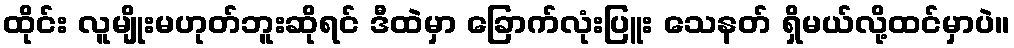
ထိုင်း လူမျိုးမဟုတ်ဘူးဆိုရင် ဒီထဲမှာ ခြောက်လုံးပြူး သေနတ် ရှိမယ်လို့ထင်မှာပဲ။